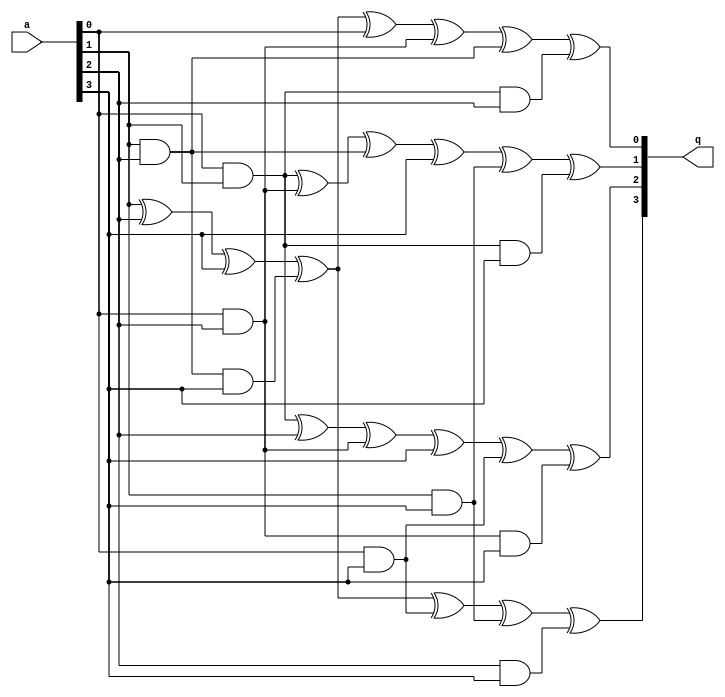
module inv_gf24(
	input [3:0]a
	,output reg [3:0]q
);
	reg aA;
	always @(*)begin
		aA=a[1]^a[2]^a[3]^(a[1]&a[2]&a[3]);
		q[0]=aA^a[0]^(a[0]&a[2])^(a[1]&a[2])^(a[0]&a[1]&a[2]);
		q[1]=(a[0]&a[1])^(a[0]&a[2])^(a[1]&a[2])^a[3]^(a[1]&a[3])^(a[0]&a[1]&a[3]);
		q[2]=(a[0]&a[1])^a[2]^(a[0]&a[2])^a[3]^(a[0]&a[3])^(a[0]&a[2]&a[3]);
		q[3]=aA^(a[0]&a[3])^(a[1]&a[3])^(a[2]&a[3]);
	end
endmodule